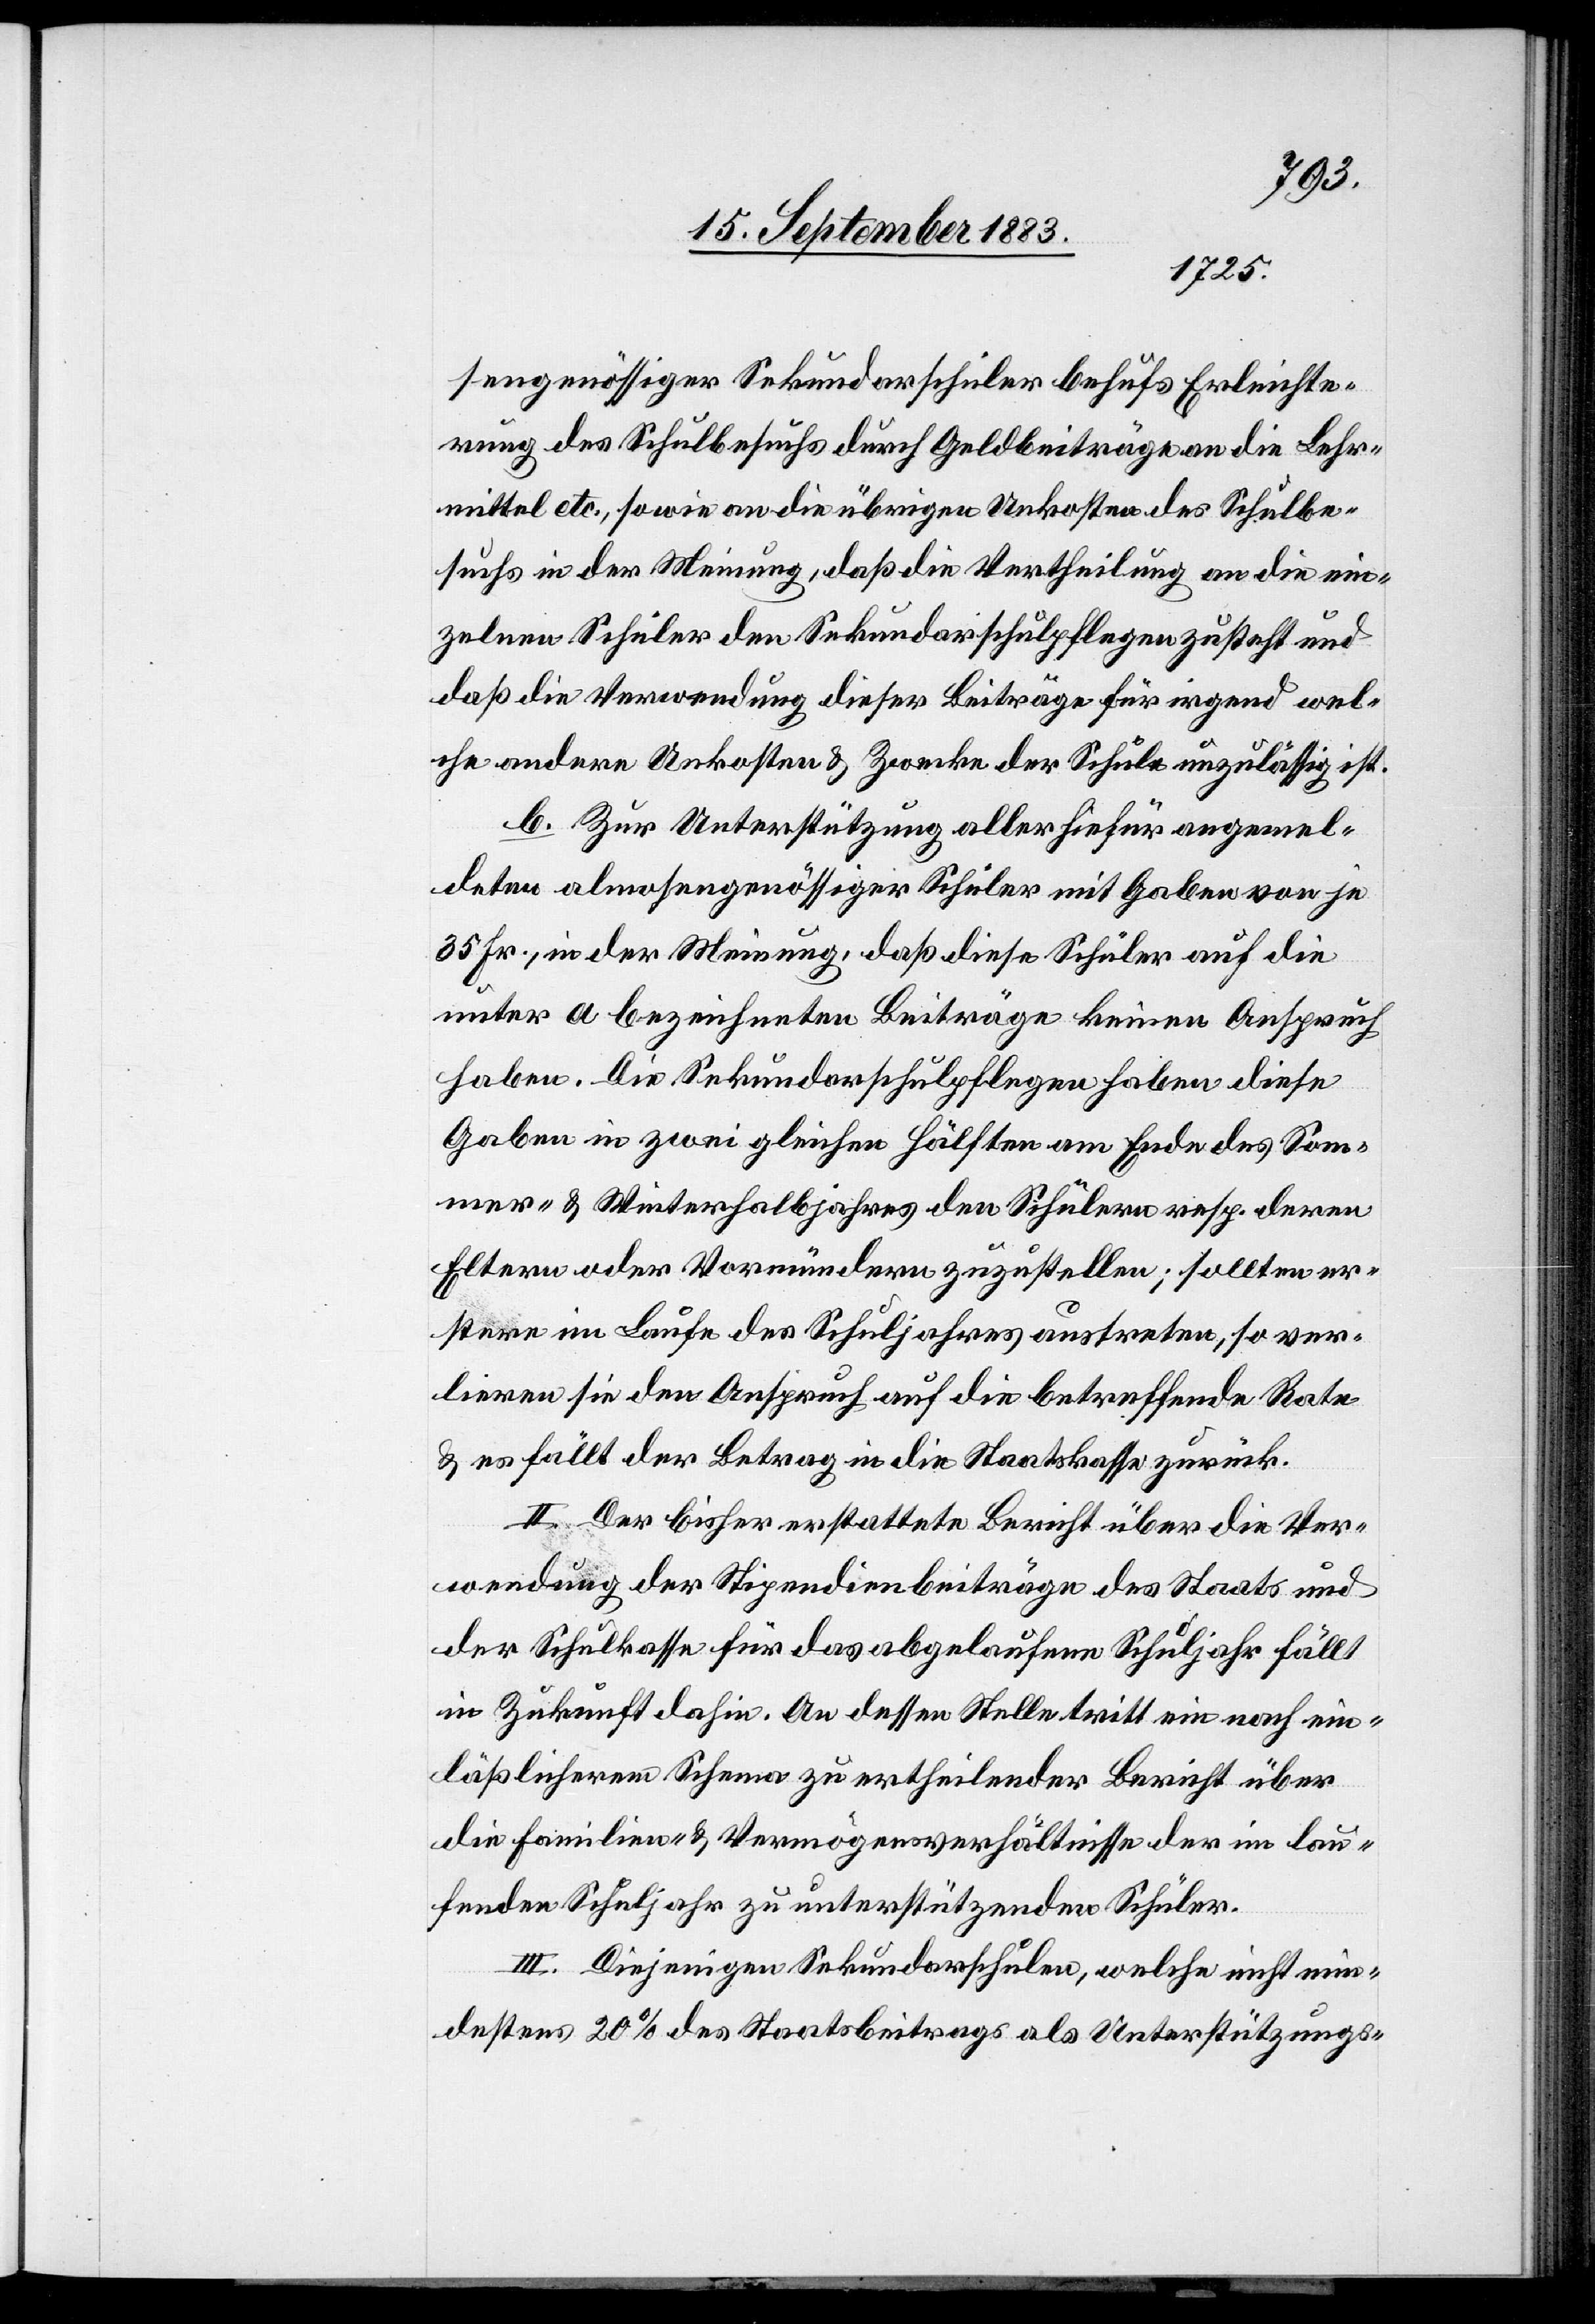
sengenössiger Sekundarschüler behufs Erleichte¬
rung des Schulbesuchs durch Geldbeiträge an die Lehr¬
mittel etc., sowie an die übrigen Unkosten des Schulbe¬
suchs in der Meinung, daß die Vertheilung an die ein¬
zelnen Schüler den Sekundarschulpflegen zusteht und
daß die Verwendung dieser Beiträge für irgend wel¬
che andern Unkosten & Zwecke der Schule unzulässig ist.
b. Zur Unterstützung aller hiefür angemel¬
deten almosengenössiger [recte: almosengenössigen]
35 Fr., in der Meinung, daß diese Schüler auf die
unter a bezeichneten Beiträge keinen Anspruch
haben. Die Sekundarschulpflegen haben diese
Gaben in zwei gleichen Hälften am Ende des Som¬
mer- & Winterhalbjahres den Schülern resp. deren
Eltern oder Vormündern zuzustellen; sollten er¬
stere im Laufe des Schuljahres austreten, so ver¬
lieren sie Anspruch auf die betreffende Rate
& es fällt der Betrag an die Staatskasse zurück.
II. Der bisher erstattete Bericht über die Ver¬
wendung der Stipendienbeiträge des Staats und
der Schulkasse für das abgelaufene Schuljahr fällt
in Zukunft dahin. An dessen Stelle tritt ein nach ein¬
läßlicherem Schema zu ertheilender Bericht über
die Familien- & Vermögensverhältnisse der im lau¬
fenden Schuljahr zu unterstützenden Schüler.
III. Diejenigen Sekundarschulen, welche nicht min¬
destens 20% des Staatsbeitrages als Unterstützungs-